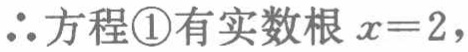
\(\therefore\)方程\textcircled{1}有实数根 \(x = 2\)，